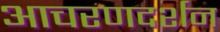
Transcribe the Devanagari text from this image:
आचरणदर्शन